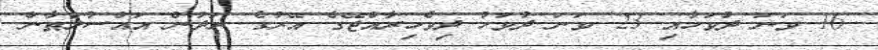
16 ވަނަ ދުވަހާއި 23 ވަނަ ދުވަހު ދިވެހިރާއްޖޭގެ އޭރުގެ ރަދުން އައްސުލްޠާން